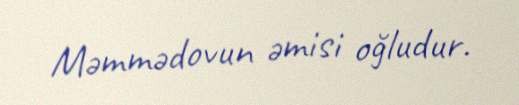
Məmmədovun əmisi oğludur.